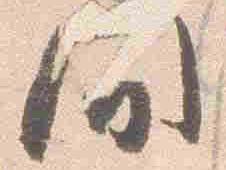
間